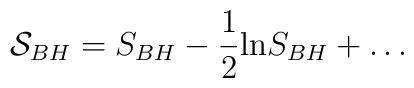
{\cal S}_{BH}=S_{BH}-\frac{1}{2}{\rm ln} S_{BH}+\ldots